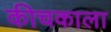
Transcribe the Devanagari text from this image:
कीचकाला